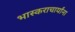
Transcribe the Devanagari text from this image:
भास्कराचार्यांना